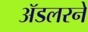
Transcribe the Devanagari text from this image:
ॲडलरने